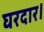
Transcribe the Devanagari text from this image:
घरदार।